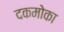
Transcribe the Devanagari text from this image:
दकमोका